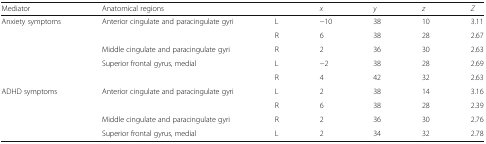
<table><thead><tr><td><b>Mediator</b></td><td><b>Anatomical regions</b></td><td></td><td><b><i>x</i></b></td><td><b><i>y</i></b></td><td><b><i>z</i></b></td><td><b><i>Z</i></b></td></tr></thead><tbody><tr><td>Anxiety symptoms</td><td>Anterior cingulate and paracingulate gyri</td><td>L</td><td>−10</td><td>38</td><td>10</td><td>3.11</td></tr><tr><td></td><td></td><td>R</td><td>6</td><td>38</td><td>28</td><td>2.67</td></tr><tr><td></td><td>Middle cingulate and paracingulate gyri</td><td>R</td><td>2</td><td>36</td><td>30</td><td>2.63</td></tr><tr><td></td><td>Superior frontal gyrus, medial</td><td>L</td><td>−2</td><td>38</td><td>28</td><td>2.69</td></tr><tr><td></td><td></td><td>R</td><td>4</td><td>42</td><td>32</td><td>2.63</td></tr><tr><td>ADHD symptoms</td><td>Anterior cingulate and paracingulate gyri</td><td>L</td><td>2</td><td>38</td><td>14</td><td>3.16</td></tr><tr><td></td><td></td><td>R</td><td>6</td><td>38</td><td>28</td><td>2.39</td></tr><tr><td></td><td>Middle cingulate and paracingulate gyri</td><td>R</td><td>2</td><td>36</td><td>30</td><td>2.76</td></tr><tr><td></td><td>Superior frontal gyrus, medial</td><td>L</td><td>2</td><td>34</td><td>32</td><td>2.78</td></tr></tbody></table>